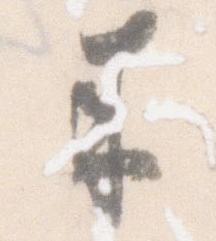
奉